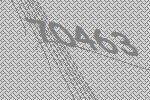
70463